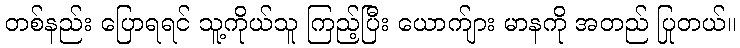
တစ်နည်း ပြောရရင် သူ့ကိုယ်သူ ကြည့်ပြီး ယောက်ျား မာနကို အတည် ပြုတယ်။